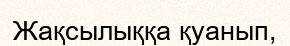
Жақсылыққа қуанып,